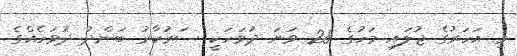
މި އަހަރުގެ ޖުލައި މަހުގެ 28 ވަނަ ދުވަހަކީ ސަރުކާރު ބަންދު ދުވަހެއްގެ